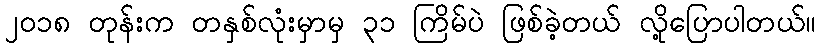
၂၀၁၈ တုန်းက တနှစ်လုံးမှာမှ ၃၁ ကြိမ်ပဲ ဖြစ်ခဲ့တယ် လို့ပြောပါတယ်။